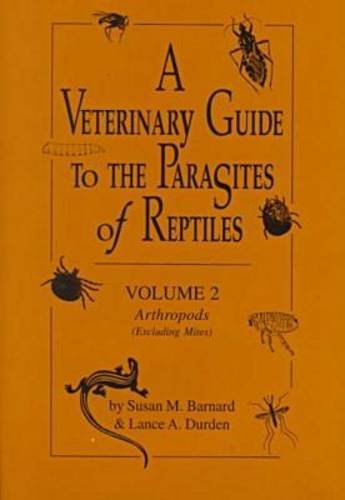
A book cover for A Veterinary Guide to the Parasites of Reptiles, Vol. 2: Arthropods (Excluding Mites); Susan M. Barnard; Medical Books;